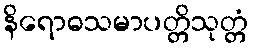
နိရောဓသမာပတ္တိသုတ္တံ